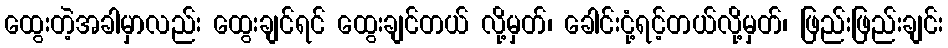
ထွေးတဲ့အခါမှာလည်း ထွေးချင်ရင် ထွေးချင်တယ် လို့မှတ်၊ ခေါင်းငုံ့ရင့်တယ်လို့မှတ်၊ ဖြည်းဖြည်းချင်း